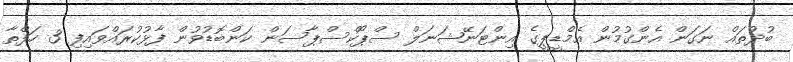
ބުދުތައް ނަގަން އެންގުމުން އެމްޑީޕީގެ އިންޓަނޭޝަނަލް ސްޕޯކްސްޕާސަން ކަންބޮޑުވުން ފާޅުކުރައްވައިފި 3 ހަފްތާ